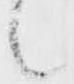
候